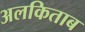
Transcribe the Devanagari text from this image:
अलकिताब